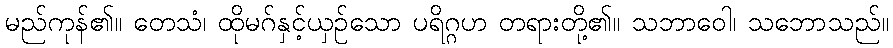
မည်ကုန်၏။ တေသံ၊ ထိုမဂ်နှင့်ယှဉ်သော ပရိဂ္ဂဟ တရားတို့၏။ သဘာဝေါ၊ သဘောသည်။